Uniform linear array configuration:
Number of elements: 4
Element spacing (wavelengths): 0.5
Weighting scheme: uniform
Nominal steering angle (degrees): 60
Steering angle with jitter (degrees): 58.438
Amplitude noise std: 0.05
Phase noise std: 0.05

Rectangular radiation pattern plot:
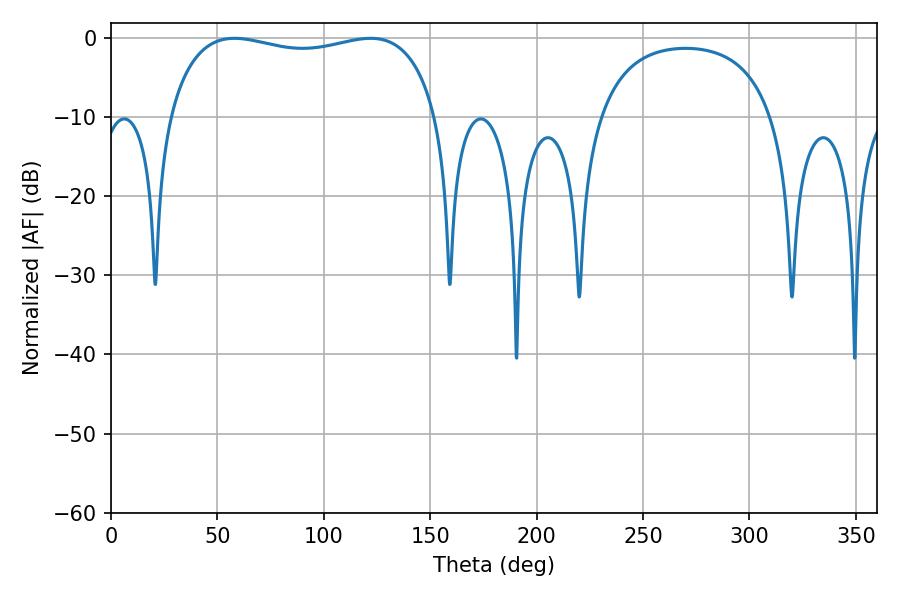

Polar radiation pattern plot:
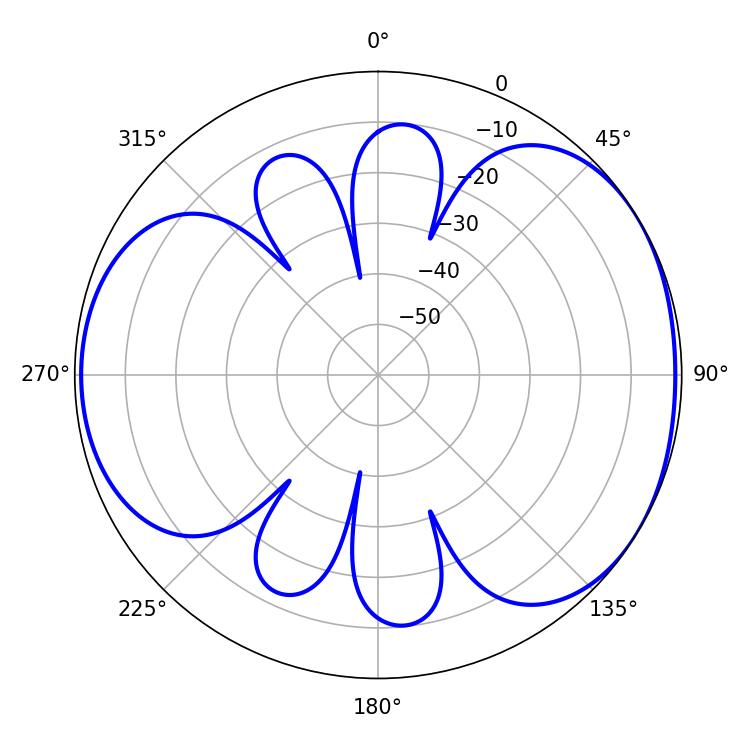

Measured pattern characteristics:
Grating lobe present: FALSE
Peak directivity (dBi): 4.452
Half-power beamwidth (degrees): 102.96
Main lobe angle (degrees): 57.96